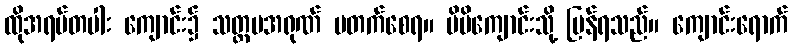
ထိုအရပ်တပါး ကျောင်း၌ သတ္တမအရုဏ် မတက်စေရ။ မိမိကျောင်းသို့ ပြန်ရသည်။ ကျောင်းရောက်